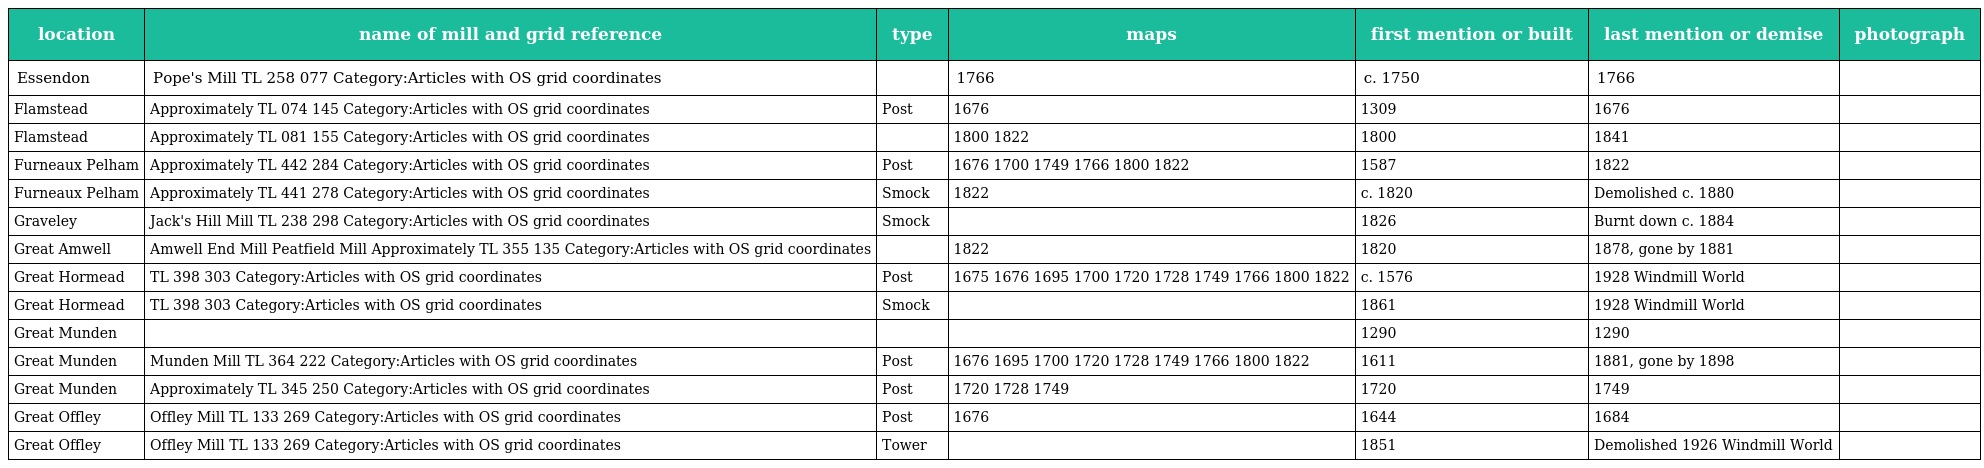
| location | name of mill and grid reference | type | maps | first mention or built | last mention or demise | photograph |
 | --- | --- | --- | --- | --- | --- | --- |
 | Essendon | Pope's Mill TL 258 077 Category:Articles with OS grid coordinates |  | 1766 | c. 1750 | 1766 |  |
 | Flamstead | Approximately TL 074 145 Category:Articles with OS grid coordinates | Post | 1676 | 1309 | 1676 |  |
 | Flamstead | Approximately TL 081 155 Category:Articles with OS grid coordinates |  | 1800 1822 | 1800 | 1841 |  |
 | Furneaux Pelham | Approximately TL 442 284 Category:Articles with OS grid coordinates | Post | 1676 1700 1749 1766 1800 1822 | 1587 | 1822 |  |
 | Furneaux Pelham | Approximately TL 441 278 Category:Articles with OS grid coordinates | Smock | 1822 | c. 1820 | Demolished c. 1880 |  |
 | Graveley | Jack's Hill Mill TL 238 298 Category:Articles with OS grid coordinates | Smock |  | 1826 | Burnt down c. 1884 |  |
 | Great Amwell | Amwell End Mill Peatfield Mill Approximately TL 355 135 Category:Articles with OS grid coordinates |  | 1822 | 1820 | 1878, gone by 1881 |  |
 | Great Hormead | TL 398 303 Category:Articles with OS grid coordinates | Post | 1675 1676 1695 1700 1720 1728 1749 1766 1800 1822 | c. 1576 | 1928 Windmill World |  |
 | Great Hormead | TL 398 303 Category:Articles with OS grid coordinates | Smock |  | 1861 | 1928 Windmill World |  |
 | Great Munden |  |  |  | 1290 | 1290 |  |
 | Great Munden | Munden Mill TL 364 222 Category:Articles with OS grid coordinates | Post | 1676 1695 1700 1720 1728 1749 1766 1800 1822 | 1611 | 1881, gone by 1898 |  |
 | Great Munden | Approximately TL 345 250 Category:Articles with OS grid coordinates | Post | 1720 1728 1749 | 1720 | 1749 |  |
 | Great Offley | Offley Mill TL 133 269 Category:Articles with OS grid coordinates | Post | 1676 | 1644 | 1684 |  |
 | Great Offley | Offley Mill TL 133 269 Category:Articles with OS grid coordinates | Tower |  | 1851 | Demolished 1926 Windmill World |  |